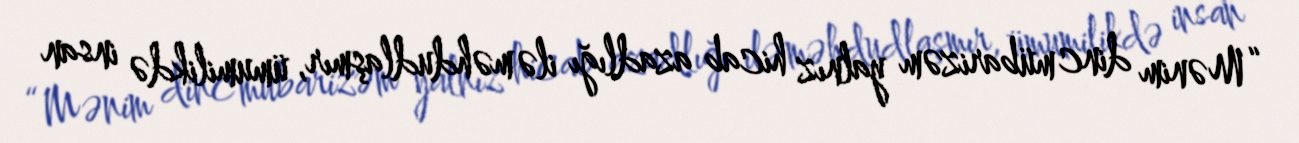
“Mənim dinc mübarizəm yalnız hicab azadlığı ilə məhdudlaşmır, ümumilikdə insan